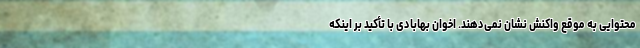
محتوایی به موقع واکنش نشان نمی‌دهند. اخوان بهابادی با تأکید بر اینکه